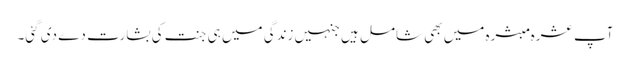
آپ عشرہ مبشرہ میں بھی شامل ہیں جنہیں زندگی میں ہی جنت کی بشارت دے دی گئی۔